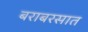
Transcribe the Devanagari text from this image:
बराबरसात